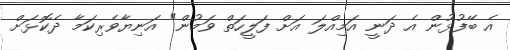
އެ ބޭފުޅުން އެ ދަނީ އަމިއްލަ އަށް ފަލީހަތް ވަމުން" އަނިޔާވެރިކަމާ ދެކޮޅަށް